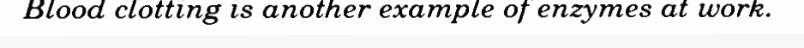
Blood clotting is another example of enzymes at work.